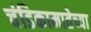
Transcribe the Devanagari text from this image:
चंडिकामातेच्या